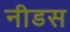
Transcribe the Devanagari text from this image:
नीडस